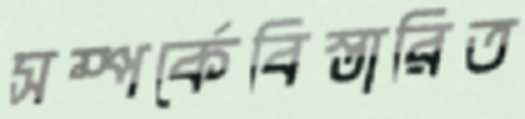
সম্পর্কেবিস্তারিত